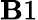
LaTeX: \mathbf{B}1